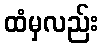
ထံမှလည်း